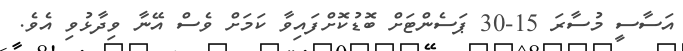
އަސާސީ މުސާރަ 15-30 ޕަސެންޓަށް ބޮޑުކޮށްފައިވާ ކަމަށް ވެސް އޭނާ ވިދާޅުވި އެވެ.